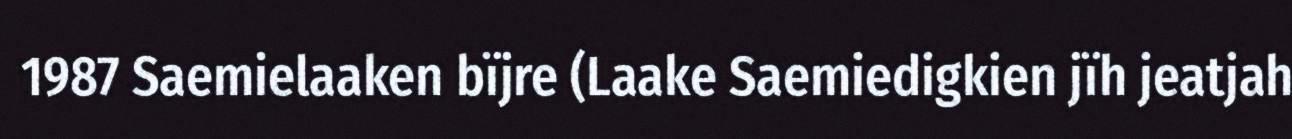
1987 Saemielaaken bïjre (Laake Saemiedigkien jïh jeatjah